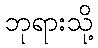
ဘုရားသို့